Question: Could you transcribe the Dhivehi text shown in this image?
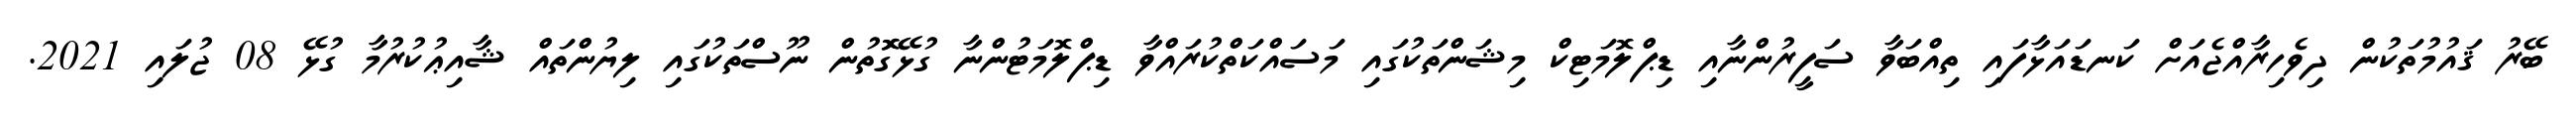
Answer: ބޭރު ޤައުމުތަކުން ދިވެހިރާއްޖެއަށް ކަނޑައަޅާފައި ތިއްބަވާ ސަފީރުންނާއި ޑިޕްލޮމަޓިކް މިޝަންތަކުގައި މަސައްކަތްކުރައްވާ ޑިޕްލޮމަޓުންނާ ގުޅޭގޮޮތުން ނޫސްތަކުގައި ލިޔުންތައް ޝާއިޢުކުރުމާ ގުޅޭ 08 ޖުލައި 2021.